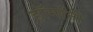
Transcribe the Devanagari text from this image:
हॉर्मोनी